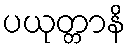
ပယုတ္တာနိ